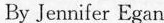
By Jennifer Egan